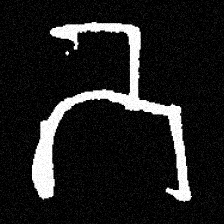
Pyu character \u2014 Myanmar letter: ဘ (romanized: bha)